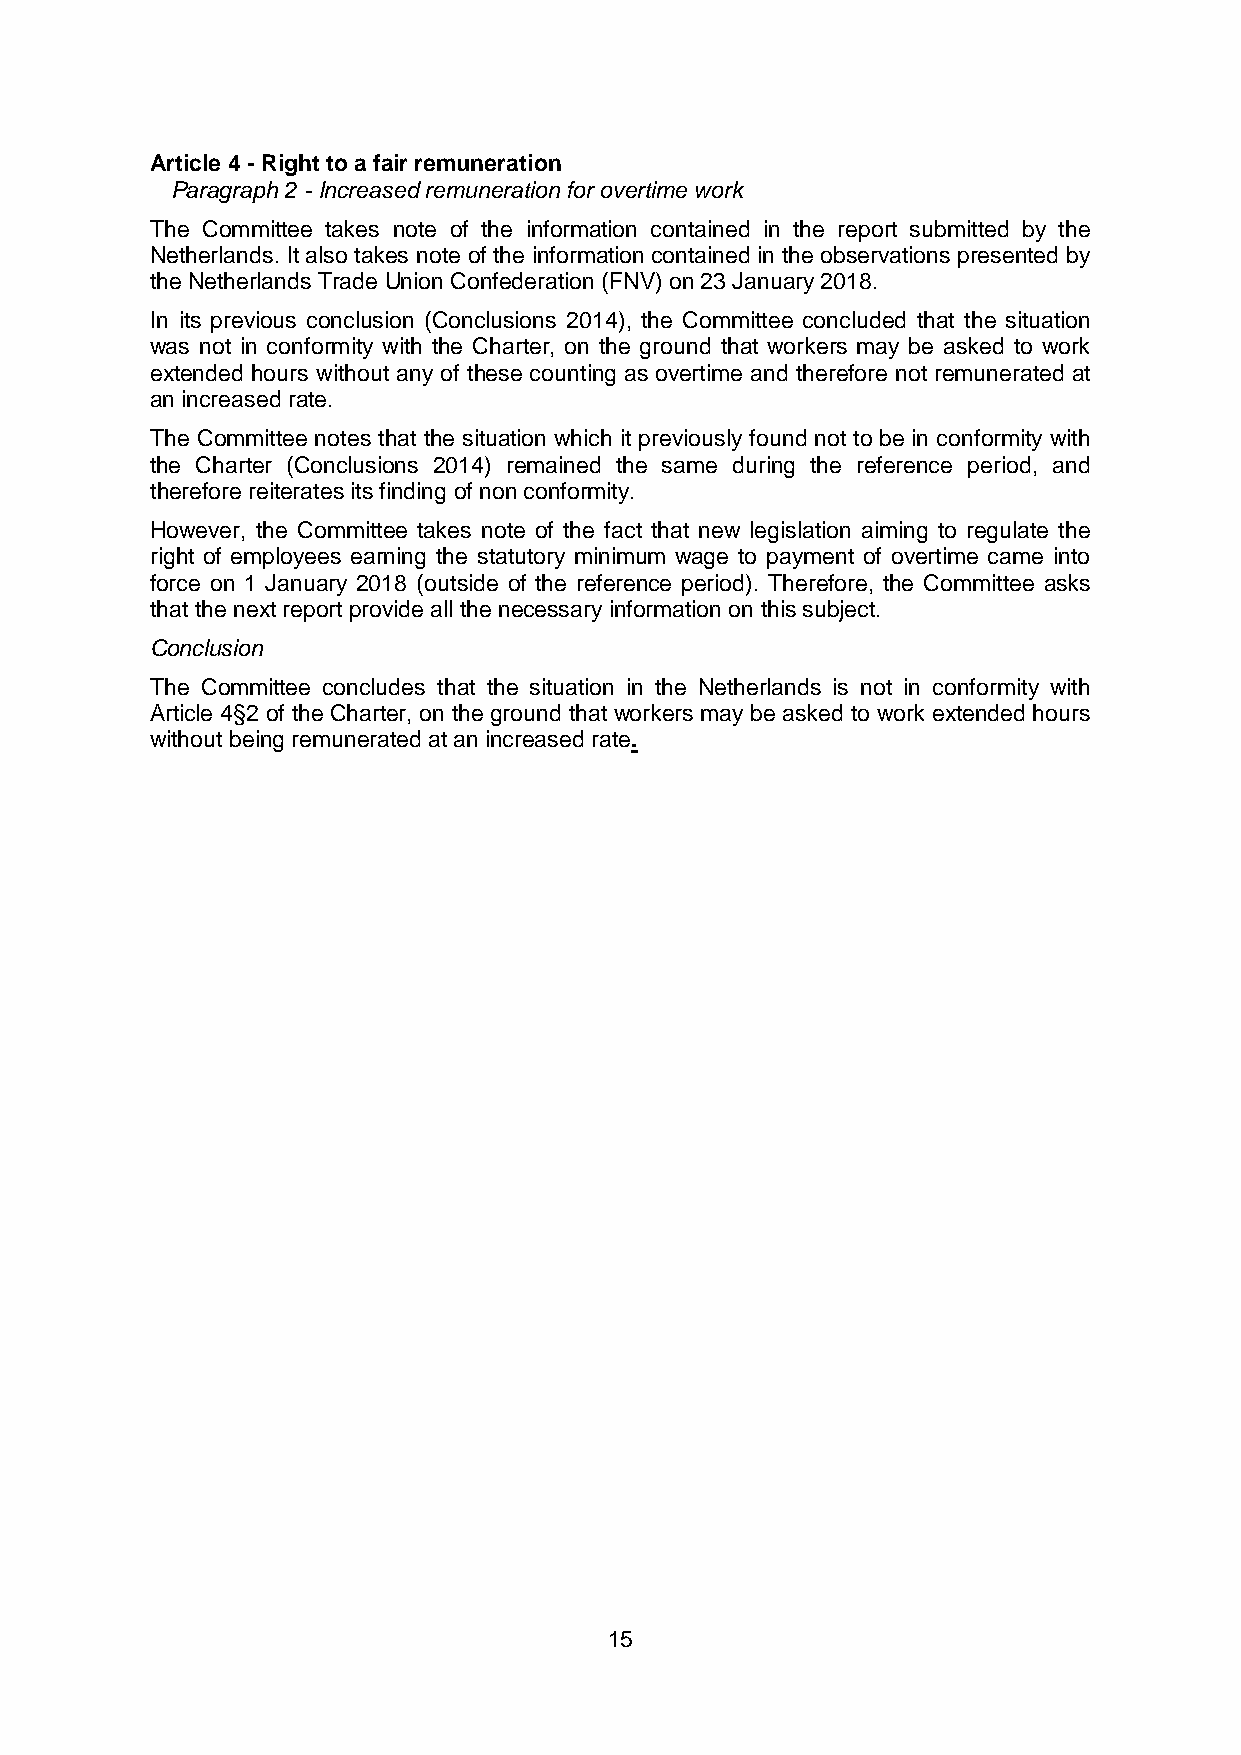
Article 4 - Right to a fair remuneration
 Paragraph 2 - Increased remuneration for overtime work
 The Committee takes note of the information contained in the report submitted by the
 Netherlands. It also takes note of the information contained in the observations presented by
 the Netherlands Trade Union Confederation (FNV) on 23 January 2018.
 In its previous conclusion (Conclusions 2014), the Committee concluded that the situation
 was not in conformity with the Charter, on the ground that workers may be asked to work
 extended hours without any of these counting as overtime and therefore not remunerated at
 an increased rate.
 The Committee notes that the situation which it previously found not to be in conformity with
 the Charter (Conclusions 2014) remained the same during the reference period, and
 therefore reiterates its finding of non conformity.
 However, the Committee takes note of the fact that new legislation aiming to regulate the
 right of employees earning the statutory minimum wage to payment of overtime came into
 force on 1 January 2018 (outside of the reference period). Therefore, the Committee asks
 that the next report provide all the necessary information on this subject.
 Conclusion
 The Committee concludes that the situation in the Netherlands is not in conformity with
 Article 4§2 of the Charter, on the ground that workers may be asked to work extended hours
 without being remunerated at an increased rate.
 15